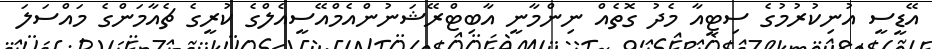
އޭޑީސީ އުނިކުރުމުގެ ސިޓީއާ މެދު ގޮތެއް ނިންމާނީ އާބިޓްރޭޝަނުންއެމްއޭސީއެލްގެ ކުރީގެ ޗެއާމަންގެ މައްސަލަ